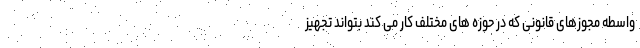
واسطه مجوزهای قانونی که در حوزه های مختلف کار می کند بتواند تجهیز